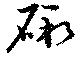
礉